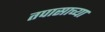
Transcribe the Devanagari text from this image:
तपासाच्या